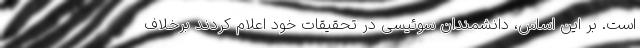
است. بر این اساس، دانشمندان سوئیسی در تحقیقات خود اعلام کردند برخلاف